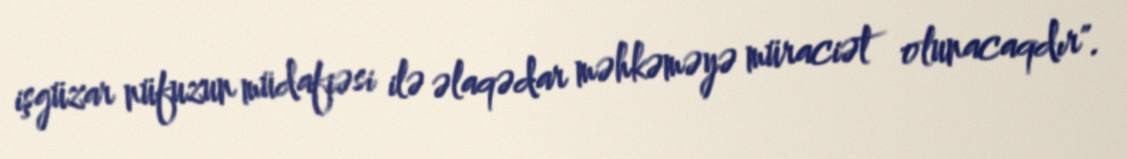
işgüzar nüfuzun müdafiəsi ilə əlaqədar məhkəməyə müraciət olunacaqdır".